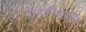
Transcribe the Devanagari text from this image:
पापानिकालू